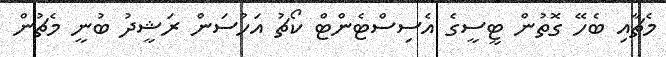
މެޗާއި ބެހޭ ގޮތުން ޓީސީގެ އެސިސްޓެންޓް ކޯޗު އަހުސަން ރަޝީދު ބުނީ މެޗުން